Report of the Municipal Commissioner on the plague in Bombay for the year ending 31st May... - Volume 2
Disease focus: Plague
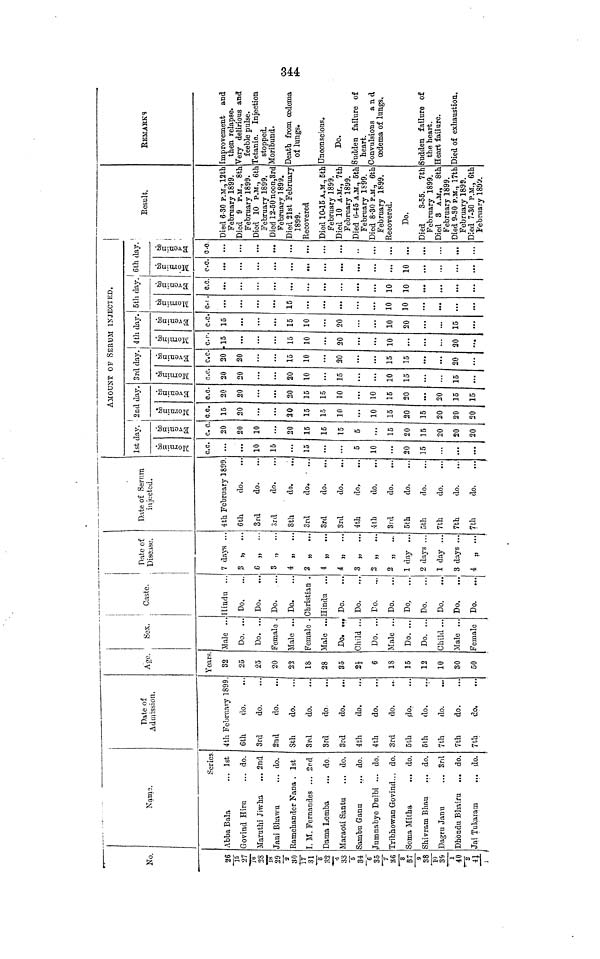
No.
26
15
27
16
28
18
29/2
30
17
31/3
32/4
33
5
34/ 6
35
7
36/8
37/9
38
10
39/1
40/2
41/3
Name.
Series
Abba Bala
... 1st
Govind Hiru
... do.
Maruthi Jiwha
... 2nd
Jani Bhawu
... do.
Ramchander Nana . 1st
I. M. Fernandes ... 2nd
Dama Lemba
... do
Maraoti Santu
... do.
Sambu Ganu
... do.
Jumnabye Dulbi ... do.
Tribhowan Govind... do.
Soma Mitha
... do.
Shivram Bhau
... do.
Dagru Janu
... 3rd
Dhondu Bhairu ... do.
Jai Tukaram
... do.
Date of
Admission.
4th February 1899
6th
do.
3rd
do.
2nd
do.
8th
do.
3rd
do.
3rd
do
3rd
do.
4th
do.
4th
do.
3rd
do.
5th
do.
5th
do.
7th
do.
7th
do.
7th
do.
Age.
Years
32
25
25
20
22
18
28
35
2 1/2
6
18
15
12
10
30
50
Sex.
Male ..
Do. ...
Do. ...
Female .
Male ...
Female •
líale ...
Do. ...
Child ...
Do. ...
Male ...
Do. ...
Do. ...
Child ...
Male ...
Female
|
i
Caste.
Hindu ...
Do.
Do.
Do.
Do.
Christian .
Hindu ...
Do.
Do.
Do.
Do.
Do.
Do.
Do.
Do.
Do.
...
Date of
Disease.
7 days ..
3 „ ..
6 „
..
3 „ ..
4 „
..
2 „
...
4 „ ...
4 ,, ...
3 „ ...
2 „
...
2 „ ...
1 day ...
2 days ...
1 day ...
3 days ...
4 „ ...
Date of Serum
injected.
4th February 1899
6th
do.
3rd
do.
3rd
do.
8th
do.
3rd
do. - ...
3rd
do.
3rd
do.
4th
do.
4th
do.
3rd
do.
5th
do.
5th
do.
7th
do.
7th
do.
7th
do.
1st day.
Morning.
c. c.
...
...
10
15
...
15
...
...
5
10
...
20
15
...
Evening.
c. c
20
20
10
20
15
15
15
5
...
15
20
15
20
20
20
AMOUNT OF SERUM INJECTED.
2nd day
Morning.
c. c.
15
20
20
15
15
10
10
15
20
15
20
20
20
Evening.
c. c.
20
20
20
15
15
10
10
15
20
20
15
15
3rd day
Morning.
c. c.
20
20
20
10
15
10
15
15
Evening.
c. c.
20
20
15
10
20
15
15
20
4 th day
Morning.
c. c.
15
15
10
20
10
...
20
Evening.
c. c.
15
15
10
20
10
20
15
5th day
Morning.
c. c.
15
10
10
Evening.
c. c.
...
10
10
6th day.
Morning.
c. c.
...
...
10
Evening.
c. c.
...
...
...
Result.
Died 6-30 P.M.,12th
February 1899.
Died 9 P.M., 8th
February 1899.
Died 10 P.M., 6th
February 1899.
Died 12-50 noon,Srd
February 1899.
Died 21st February
1899.
Recovered
Died 10-15 A.M., 5th
February 1899.
Died 10 A.M., 7th
February 1899.
Died 6-45 A.M., 5th
February 1S99.
Died 8-30 P.M., 6th
February 1899.
Recovered.
Do.
Died
3-55. 7th
February 1899.
Died 3 A.M., 8th
February 1899.
Died 9-30 P.M., 17th
February 1899.
Died 7-30 P.M., 6th
February 1899.
REMARKS
Improvement and
then relapse.
Very delirious and
feeble pulse.
Tetanic. Injection
stopped.
Moribund.
Death from oedema
of lungs.
Unconscious.
Do.
Sudden failure of
heart.
Convulsions and
oedema of lungs.
Sudden failure of
the heart.
Heart failure.
Died of exhaustion.
344